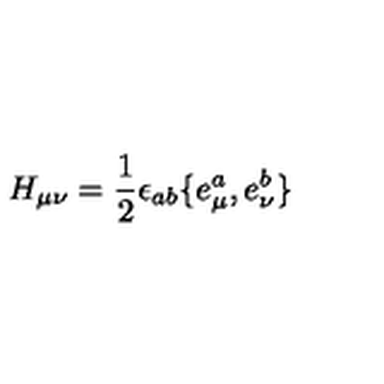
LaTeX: H _ { \mu \nu } = \frac 1 2 \epsilon _ { a b } \{ e _ { \mu } ^ { a } , e _ { \nu } ^ { b } \}